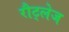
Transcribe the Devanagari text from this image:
रौट्लेज